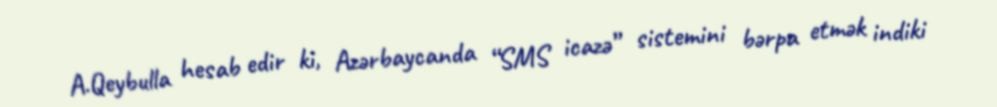
A.Qeybulla hesab edir ki, Azərbaycanda “SMS icazə” sistemini bərpa etmək indiki